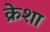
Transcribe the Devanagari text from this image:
क्रेशा